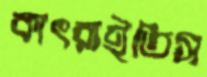
কাৎরাইতিস